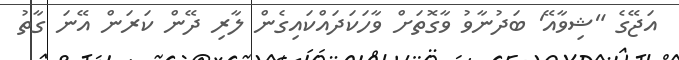
އަޖޭގެ "ޝިވާއޭ' ބަދުނާވު ވާގޮތަށް ވާހަކަދައްކައިގެން ލާރި ދޭން ކަރަން އޭނަ ގާތު